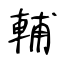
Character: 輔